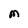
Character: M